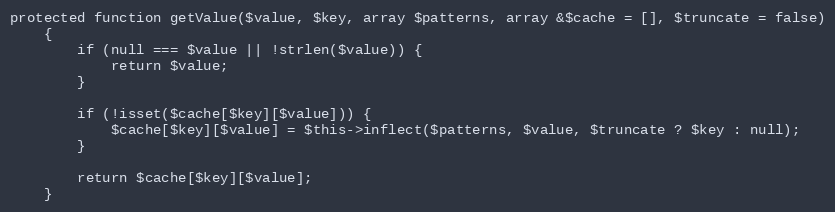
Language: PHP
protected function getValue($value, $key, array $patterns, array &$cache = [], $truncate = false)
    {
        if (null === $value || !strlen($value)) {
            return $value;
        }

        if (!isset($cache[$key][$value])) {
            $cache[$key][$value] = $this->inflect($patterns, $value, $truncate ? $key : null);
        }

        return $cache[$key][$value];
    }